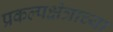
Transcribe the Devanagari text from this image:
प्रकल्पक्षेत्राच्या